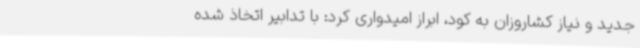
جدید و نیاز کشاروزان به کود، ابراز امیدواری کرد: با تدابیر اتخاذ شده